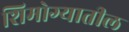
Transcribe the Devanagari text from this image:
शिमोग्यातील